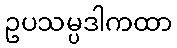
ဥပသမ္ပဒါကထာ